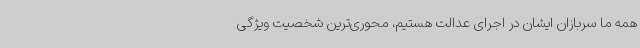
همه ما سربازان ایشان در اجرای عدالت هستیم، محوری‌ترین شخصیت ویژگی